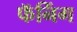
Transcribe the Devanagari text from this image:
फॅनिंग